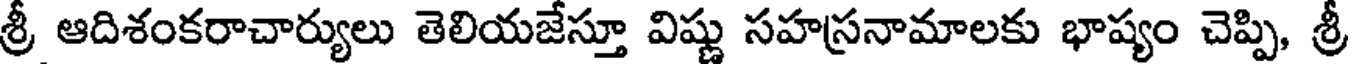
శ్రీ ఆదిశంకరాచార్యులు తెలియజేస్తూ విష్ణు సహస్రనామాలకు భాష్యం చెప్పి, శ్రీ